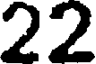
22